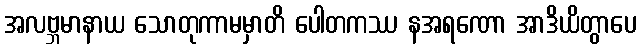
အလဗ္ဘမာနာယ သောတုကာမမှာတိ ပေါတကဿ နအရဏော အာဒိယိတွာပေ